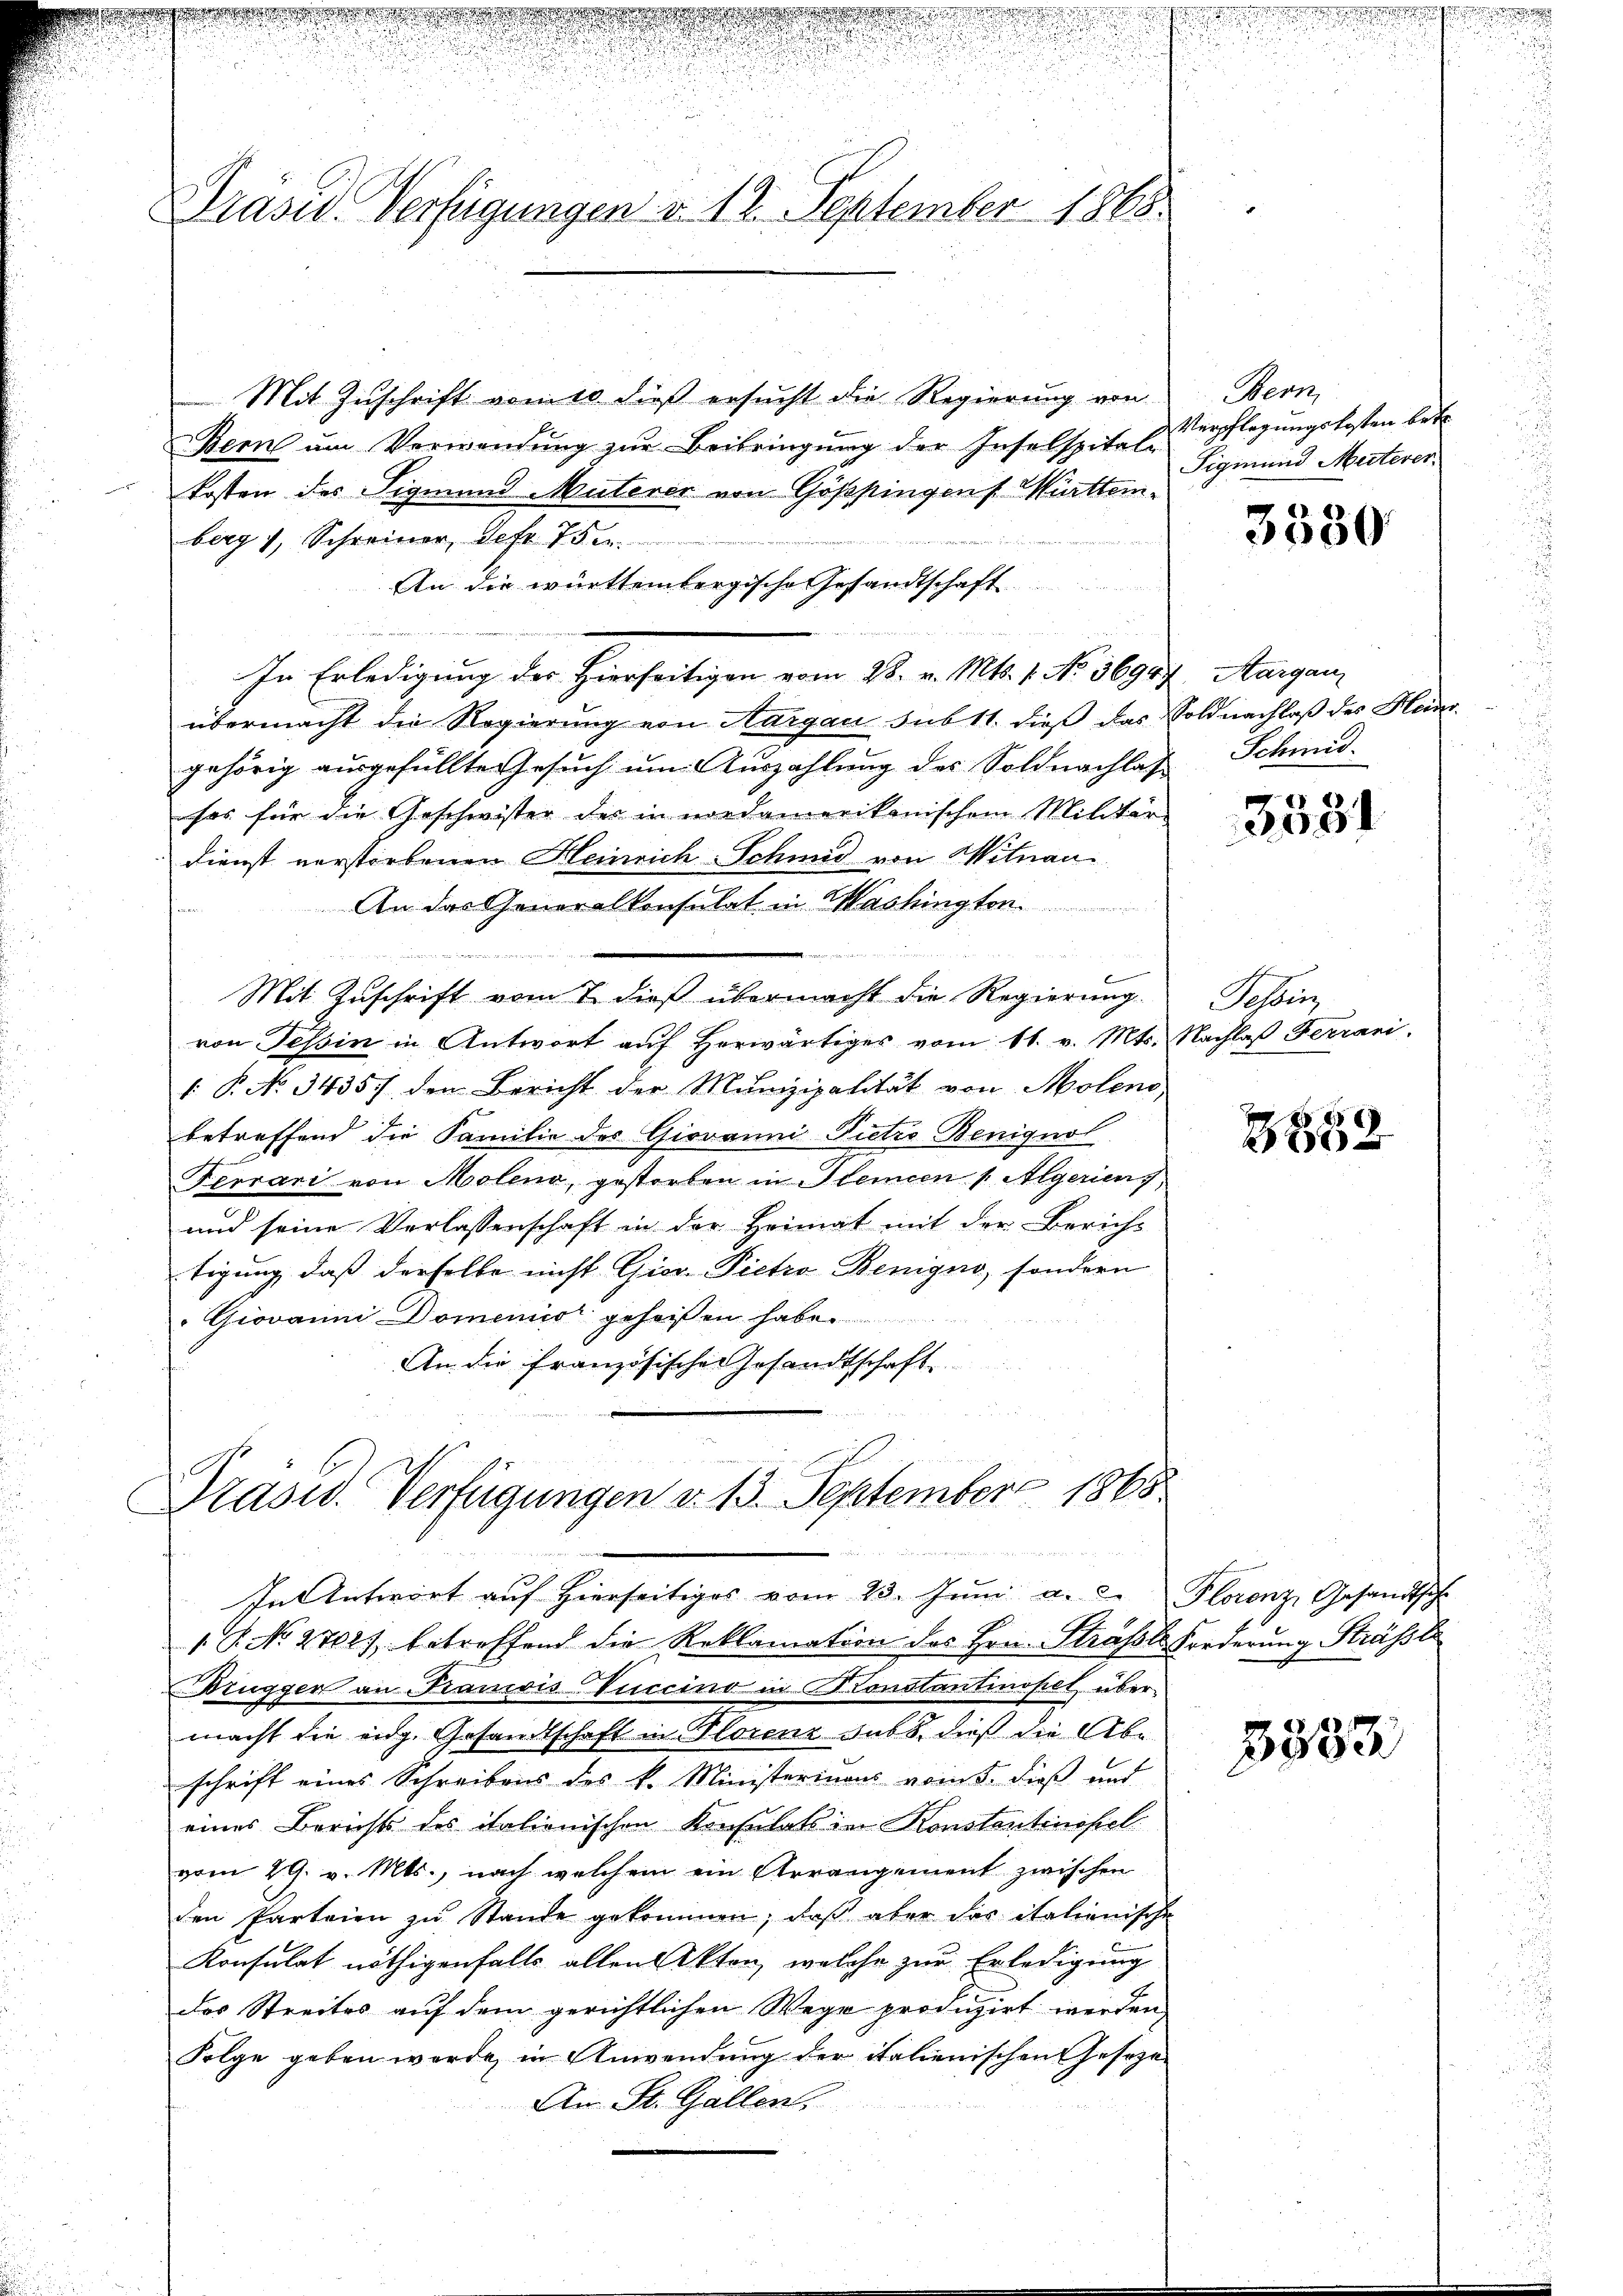
e

Präsid. Verfügungen d. 12. September 1868.

.

Mit Zuschrift vom 10 dieß ersucht die Regierung von
Bern um Verwendung zur Beibringung der Inselspital-
kosten des Sigmund Muterer von Göppingen Mittemberg 1, Schreiner, Sefr. 750.
An die württembergische Gesandtschaft
i
In Erledigung der Hierseitigen vom 28. v. Mts. 1. No. 36907 Aargau,
übermacht die Regierung von Aargau sub 11. dieß das Soldnachlaß des Heingehörig ausgefüllte Gesuch um Auszahlung des Soldnachlas Schmid-
has für die Geschwister der in nordamerikanischem Militär-
Dienst verstorbenen Heinrich-Schmid von Mitnau
An das Generalkonsulat in Washingten
¬
 20. 20.
sit wi
Mit Zuschrift vom 7. dieß übermacht die Regierung
von Tessin in Antwort auf Herwärtiges vom 11. v. Mts. Nachlaß Ferrani.
1. P. No 34357 den Bericht der Munizipalität von Molens,
betreffend die Familie des Giovanni-Pietro Benignol
Ferrari von Molend, gestorben in Steincen / Algeriens
und seine Verlassenschaft in der Heimat mit der Bericht
tigung, daß derselbe nicht Gior Pietro Benigno, sondern
" Giovanni Domenio geheißen habe.
An die französischeresandtschaft

Präsid. Verfügungen d. 13. September 1865

In Antwort auf hierseitiges vom 23. Jŭni a. c. Florenz, Gesandtsch

1 P. No. 2727 betreffend die Reklamation des Hrn. Sträfels Forderung Sträßli
Brugger an Franiis Vuccino in Konstantinopel über-
macht die eidg. Gesandtschaft in Florenz gab, dieß die Abe
schrift eines Schreibens des k. Ministerinaus vom 5. dieß und
eines Berichts des italionischen Konsulats im Konstantinopel
vom 29. v. Mts., nach welchem ein Arrangement zwischen
den Parteien zu Stande gekommen, daß aber das italienische
Konsulat nöthigenfalls allen Akten, welche zur Erledigung
das Streites auf dem gerichtlichen Wege produzirt werden,
Folge geben werde, in Anwendung der italienischen Geseze
An St. Gallen,

Bern,
Verpflegungskosten betr.
Sigmund Meterer

.

3330

3531

Tessin,

45 x
 20 x

3333